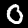
Label: 0